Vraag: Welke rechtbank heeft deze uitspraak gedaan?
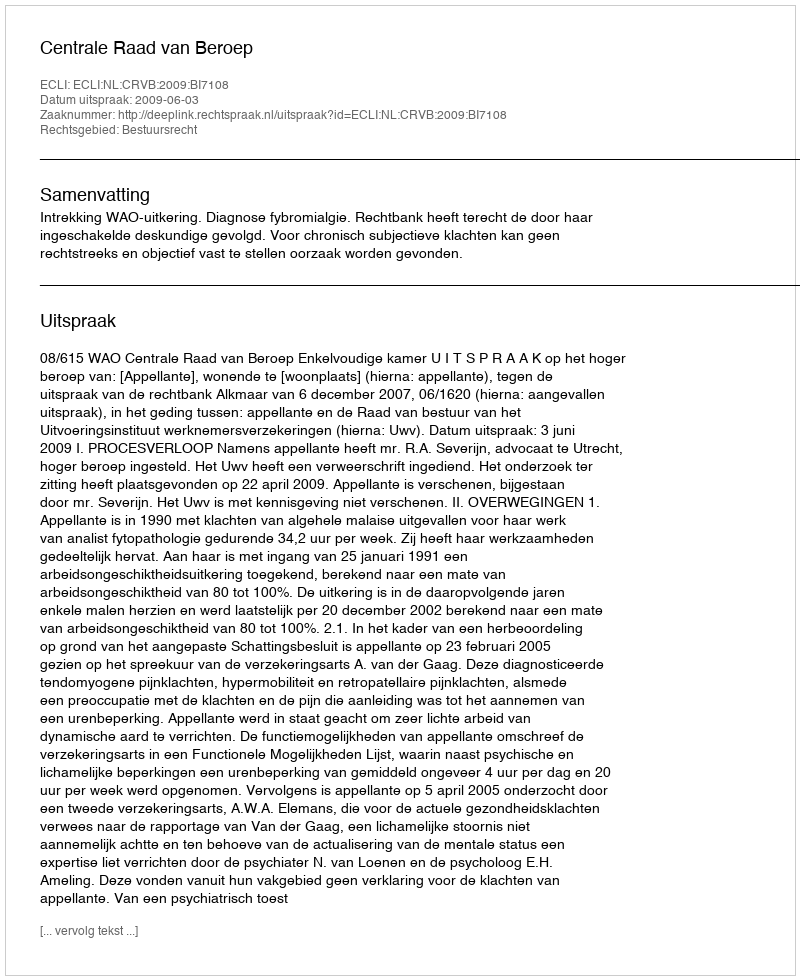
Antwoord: Centrale Raad van Beroep